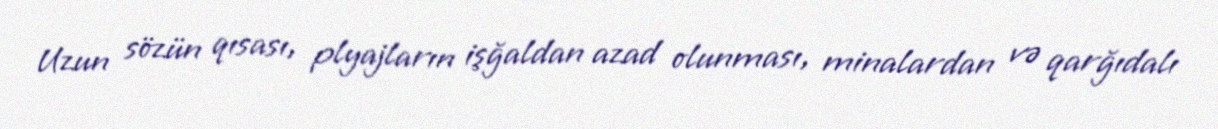
Uzun sözün qısası, plyajların işğaldan azad olunması, minalardan və qarğıdalı